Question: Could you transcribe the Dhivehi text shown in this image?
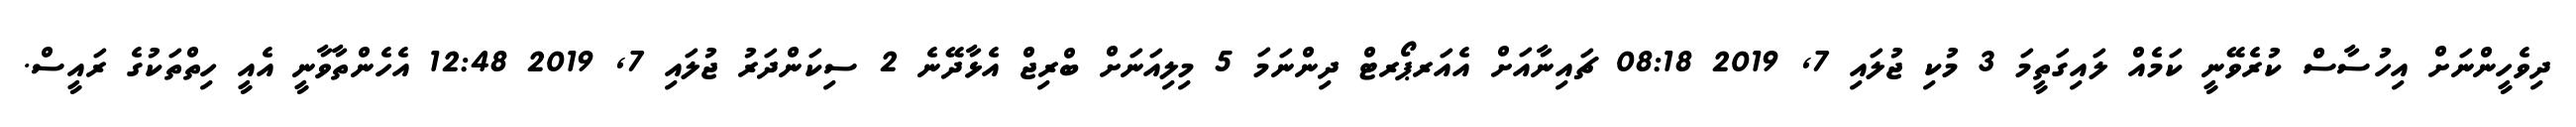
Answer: ދިވެހީންނަށް އިހުސާސް ކުރެވޭނީ ކަމެއް ލައިގަތީމަ 3 މުކި ޖުލައި 7, 2019 08:18 ޗައިނާއަށް އެއަރޕޯރޓް ދިންނަމަ 5 މިލިއަނަށް ބްރިޖް އެޅާދޭނެ 2 ސިކަންދަރު ޖުލައި 7, 2019 12:48 އެހެންތާވާނީ އެއީ ހިތްތަކުގެ ރައީސް.